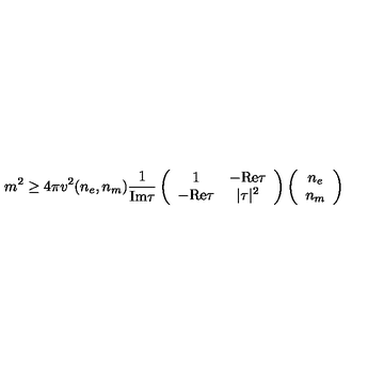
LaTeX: m ^ { 2 } \geq 4 \pi v ^ { 2 } ( n _ { e } , n _ { m } ) \frac { 1 } { \mathrm { I m } \tau } \left( \begin{array} { c c } { 1 } & { - \mathrm { R e } \tau } \\ { - \mathrm { R e } \tau } & { | \tau | ^ { 2 } } \\ \end{array} \right) \left( \begin{array} { c } { n _ { e } } \\ { n _ { m } } \\ \end{array} \right)